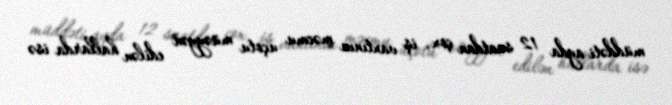
müddəti ayda 12 saatdan çox, iş vaxtının məcmu uçotu müəyyən edilən hallarda isə